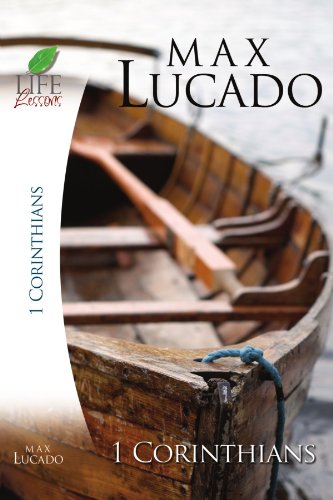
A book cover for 1 Corinthians (Life Lessons); Max Lucado; Reference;